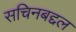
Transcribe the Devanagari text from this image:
सचिनबद्दल